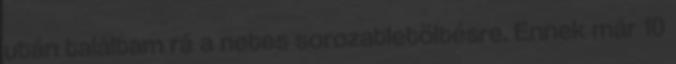
után találtam rá a netes sorozatletöltésre. Ennek már 10